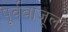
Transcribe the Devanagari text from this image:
पूर्वबाजूला